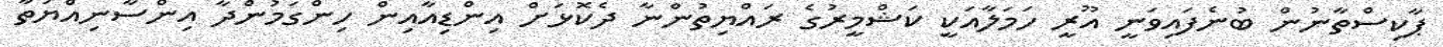
ޕާކިސްތާނުން ބުނެފައިވަނީ އޫރީ ހަމަލާއަކީ ކަޝްމީރުގެ ރައްޔިތުންނާ ދެކޮޅަށް އިންޑިއާއިން ހިންގަމުންދާ އިންސާނިއްޔަތާ